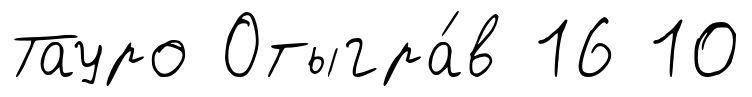
Тауро Отыгра́в 16 10